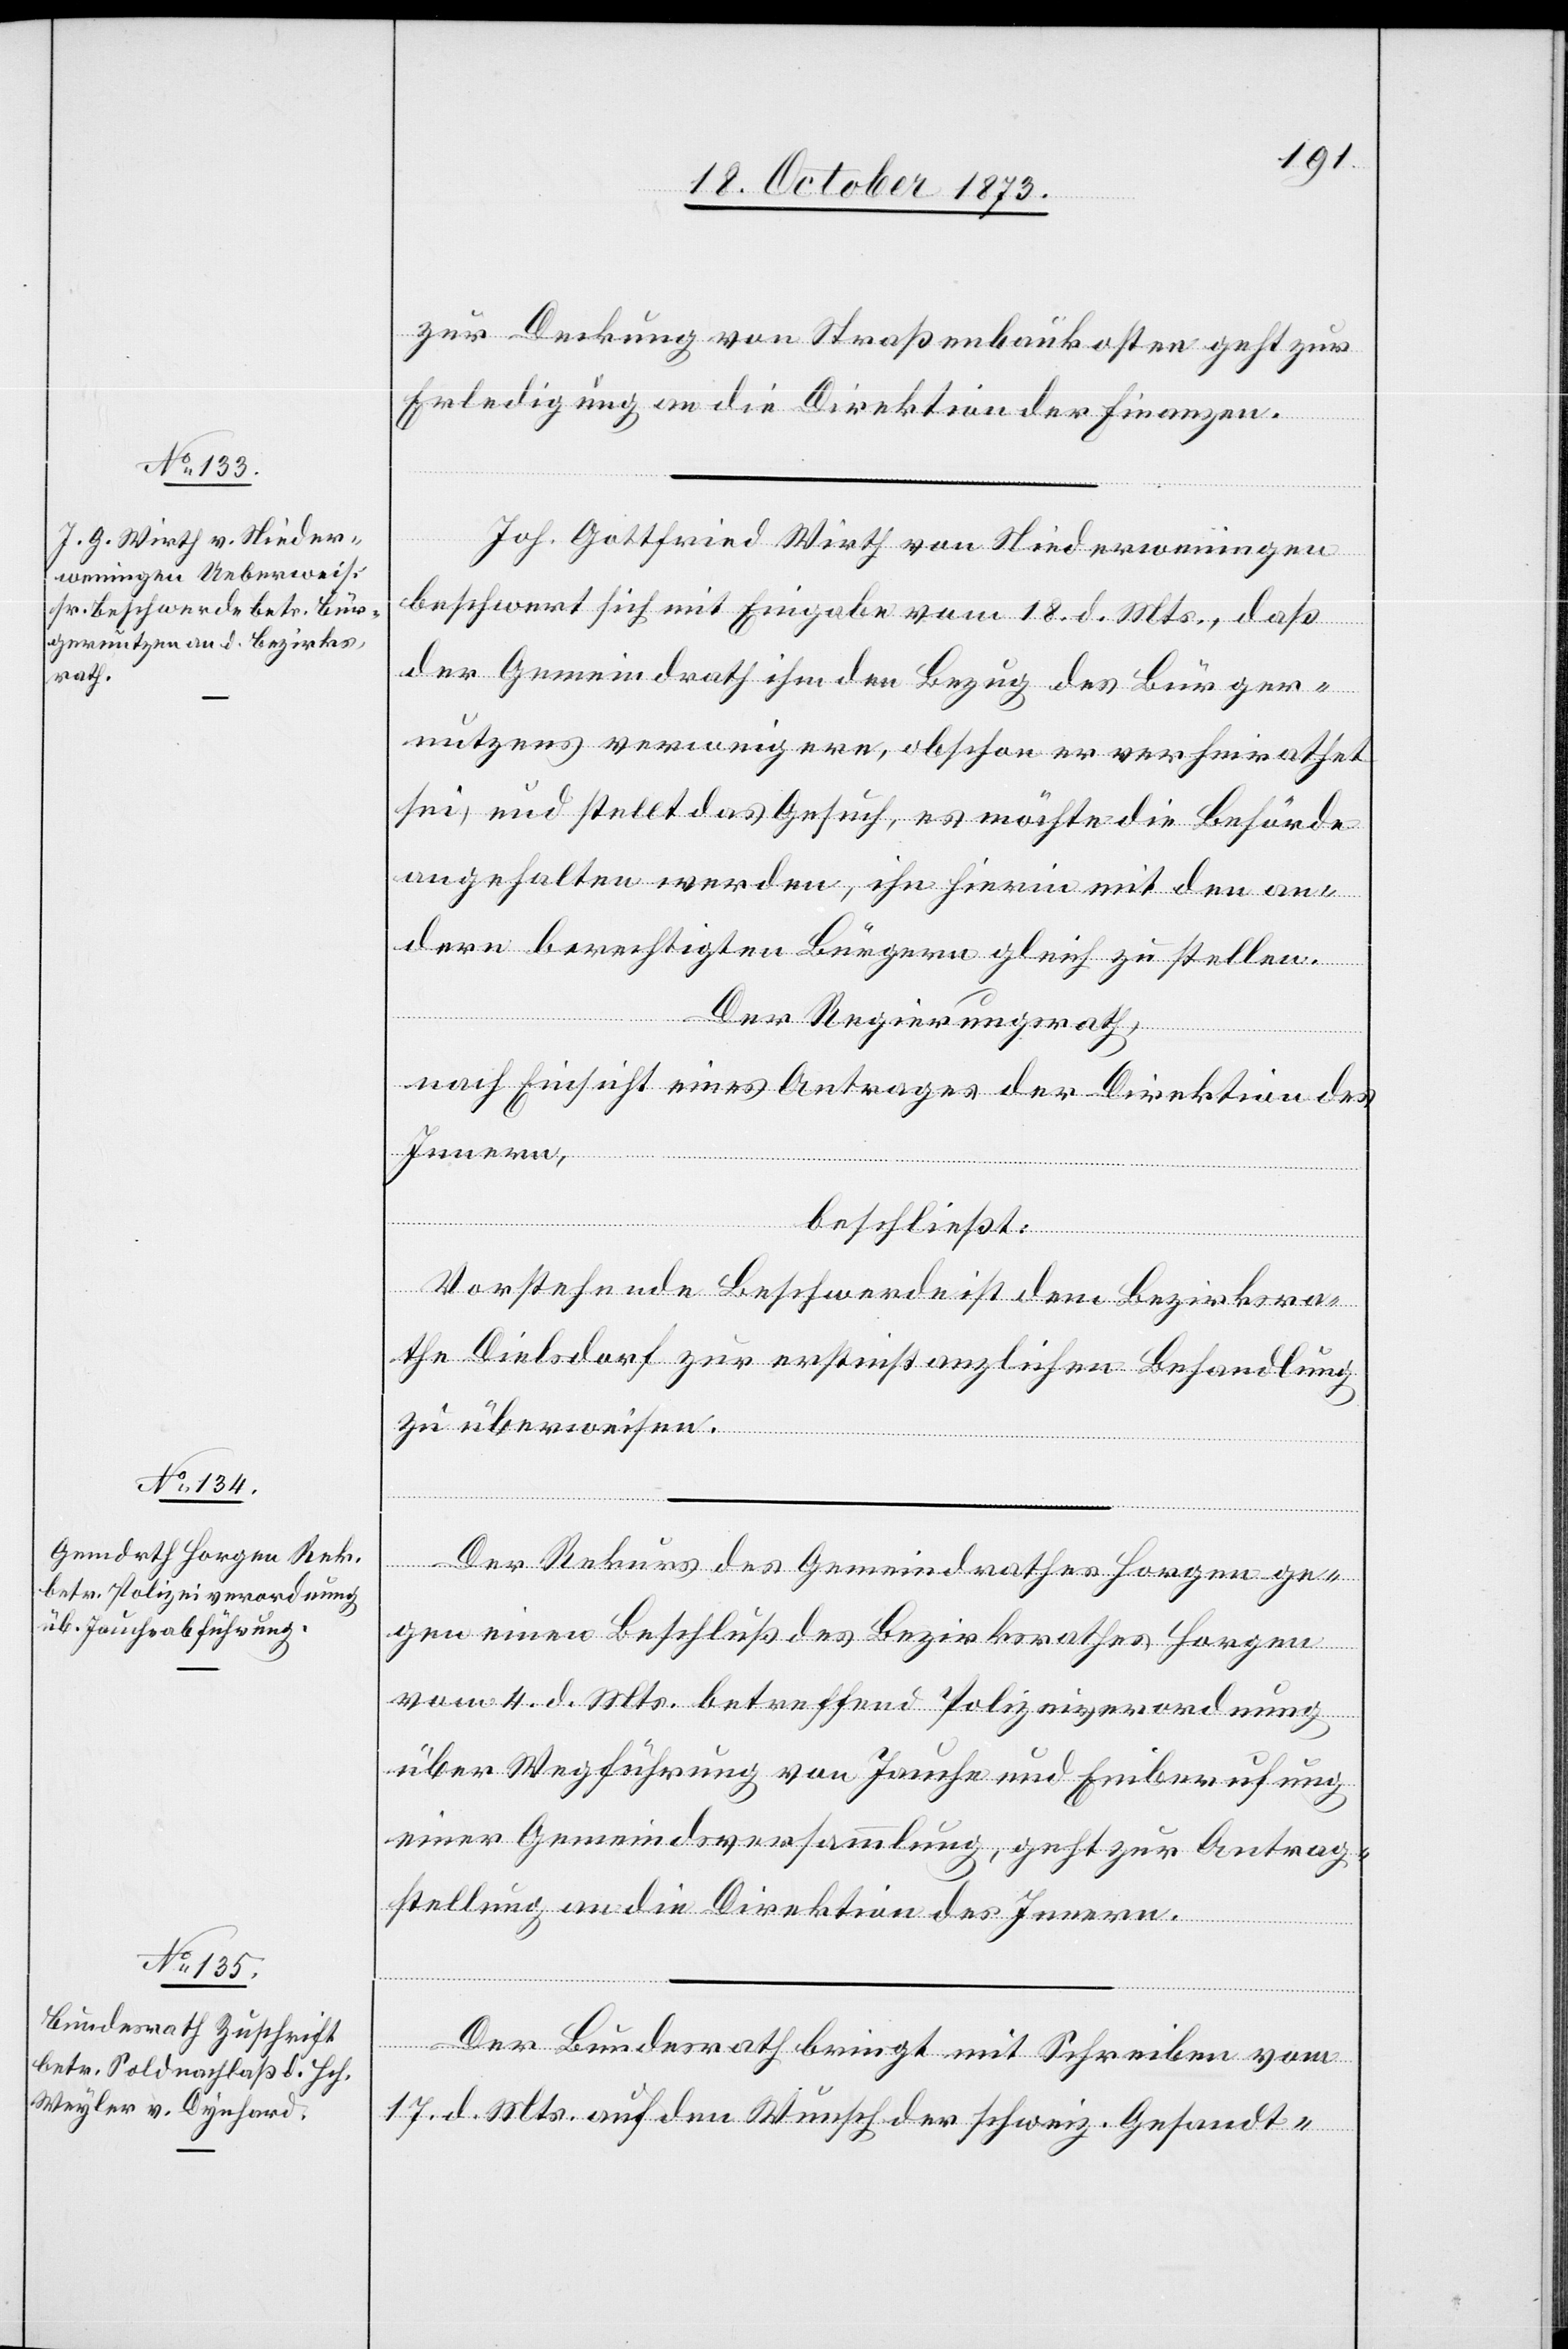
21. October 1873.]
zur Deckung von Straßenbaukosten geht zur
Erledigung an die Direktion der Finanzen.
Joh. Gottfried Wirth von Niederweningen
beschwert sich mit Eingabe vom 18. d. Mts., daß
der Gemeindrath ihm den Bezug des Bürger¬
nutzens verweigere, obschon er verheirathet
sei, und stellt das Gesuch, es möchte die Behörde
angehalten werden, ihn hierin mit den an¬
dern berechtigten Bürgern gleich zu stellen.
Der Regierungsrath,
nach Einsicht eines Antrages der Direktion des
Innern,
beschließt:
Vorstehende Beschwerde ist dem Bezirksra¬
the Dielsdorf zur erstinstanzlichen Behandlung
zu überweisen.
l-Verfügun¬
Der Rekurs des Gemeindrathes Horgen ge¬
gen einen Beschluß des Bezirksrathes Horgen
vom 4. d. Mts. betreffend Polizeiverordnung
über Wegführung von Jauche und Einberufung
einer Gemeindsversammlung, geht zur Antrag¬
stellung an die Direktion des Innern.
gen
Der Bundesrath bringt mit Schreiben vom
17. d. Mts. auf den Wunsch der schweiz. Gesandt-